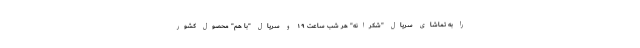
را به تماشای سریال "شکرانه" هر شب ساعت ۱۹ و سریال "با هم" محصول کشور